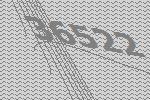
36522